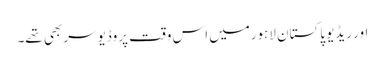
اور ریڈیو پاکستان لاہورمیں اس وقت پروڈیوسر بھی تھے۔